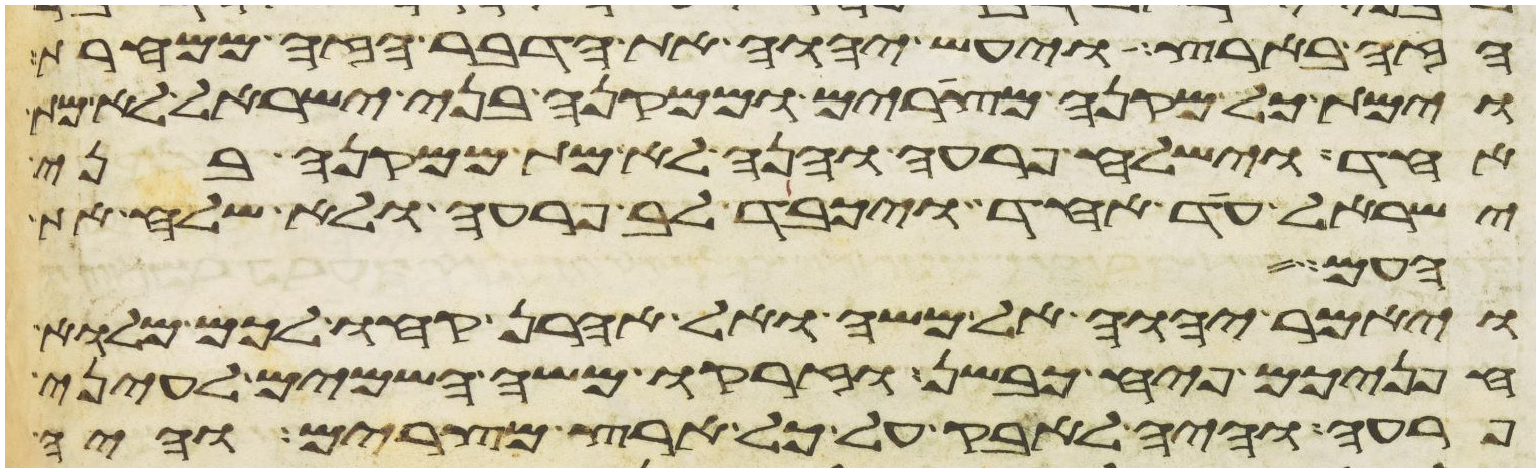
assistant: הזה בארץ ויעש יהוה את הדבר הזה ממחרת
וימת כל מקנה מצרים וממקנה בני ישראל לא מת
אחד וישלח פרעה והנה לא מת ממקנה בני
ישראל עד אחד ויכבד לב פרעה ולא שלח את
העם
ויאמר יהוה אל משה ואל אהרן קחו לכם מלוא
חפניכם פיח כבשן וזרקו משה השמים לעיני
פרעה והיה לאבק על כל ארץ מצרים והיה